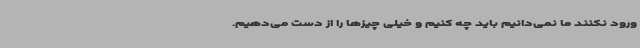
ورود نکنند ما نمی‌دانیم باید چه کنیم و خیلی چیزها را از دست می‌دهیم.